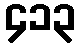
၄၁၃